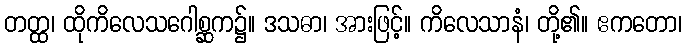
တတ္ထ၊ ထိုကိလေသဂေါစ္ဆက၌။ ဒသဓာ၊ အားဖြင့်။ ကိလေသာနံ၊ တို့၏။ ဧကတော၊